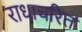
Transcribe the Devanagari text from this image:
राधाचरित